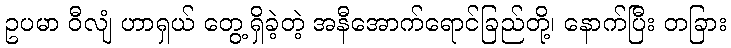
ဥပမာ ဝီလျံ ဟာရှယ် တွေ့ရှိခဲ့တဲ့ အနီအောက်ရောင်ခြည်တို့၊ နောက်ပြီး တခြား